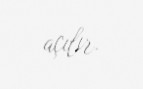
açılır.